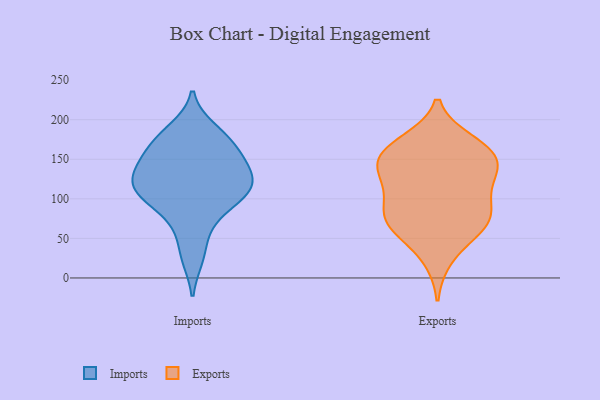
{"axis": {"x": "Operating Costs (USD K)", "y": "Value"}, "legend": ["Exports", "Imports"], "data": [{"x": "", "y": 178, "type": "Imports"}, {"x": "", "y": 188, "type": "Imports"}, {"x": "", "y": 113, "type": "Imports"}, {"x": "", "y": 169, "type": "Imports"}, {"x": "", "y": 109, "type": "Imports"}, {"x": "", "y": 99, "type": "Imports"}, {"x": "", "y": 154, "type": "Imports"}, {"x": "", "y": 25, "type": "Imports"}, {"x": "", "y": 132, "type": "Imports"}, {"x": "", "y": 88, "type": "Imports"}, {"x": "", "y": 136, "type": "Imports"}, {"x": "", "y": 111, "type": "Imports"}, {"x": "", "y": 59, "type": "Imports"}, {"x": "", "y": 152, "type": "Imports"}, {"x": "", "y": 125, "type": "Imports"}, {"x": "", "y": 142, "type": "Exports"}, {"x": "", "y": 136, "type": "Exports"}, {"x": "", "y": 25, "type": "Exports"}, {"x": "", "y": 67, "type": "Exports"}, {"x": "", "y": 165, "type": "Exports"}, {"x": "", "y": 76, "type": "Exports"}, {"x": "", "y": 158, "type": "Exports"}, {"x": "", "y": 146, "type": "Exports"}, {"x": "", "y": 78, "type": "Exports"}, {"x": "", "y": 127, "type": "Exports"}, {"x": "", "y": 172, "type": "Exports"}, {"x": "", "y": 60, "type": "Exports"}, {"x": "", "y": 121, "type": "Exports"}, {"x": "", "y": 94, "type": "Exports"}, {"x": "", "y": 163, "type": "Exports"}, {"x": "", "y": 98, "type": "Exports"}, {"x": "", "y": 65, "type": "Exports"}]}